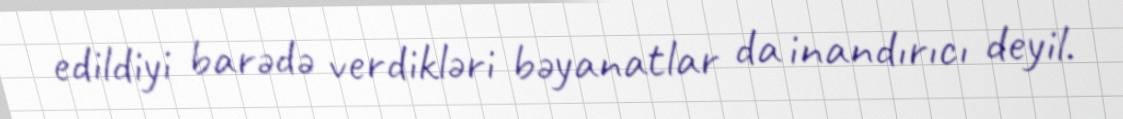
edildiyi barədə verdikləri bəyanatlar da inandırıcı deyil.